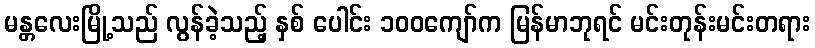
မန္တလေးမြို့သည် လွန်ခဲ့သည့် နှစ် ပေါင်း ၁၀၀ကျော်က မြန်မာဘုရင် မင်းတုန်းမင်းတရား